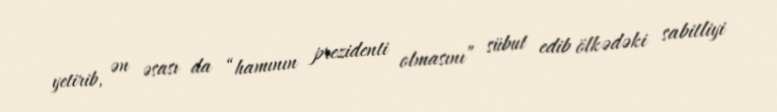
yetirib, ən əsası da “hamının prezidenti olmasını” sübut edib ölkədəki sabitliyi